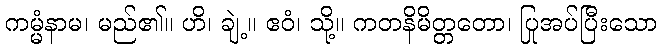
ကမ္မံနာမ၊ မည်၏။ ဟိ၊ ချဲ့။ ဧဝံ၊ သို့။ ကတနိမိတ္တတော၊ ပြုအပ်ပြီးသော